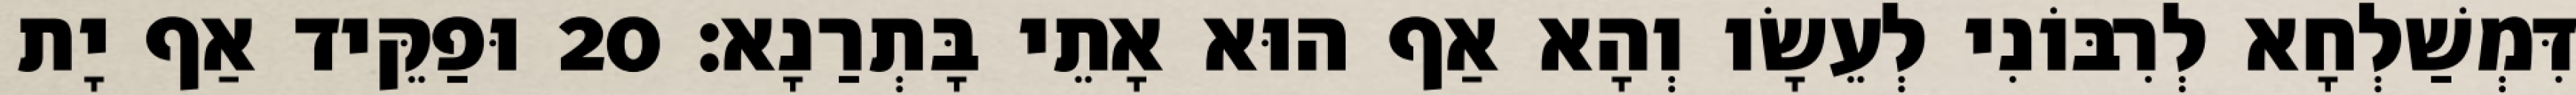
דִּמְשַׁלְחָא לְרִבּוֹנִי לְעֵשָׂו וְהָא אַף הוּא אָתֵי בָּתְרַנָא׃ 20 וּפַקֵּיד אַף יָת